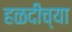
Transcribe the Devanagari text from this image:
हळदीच्या